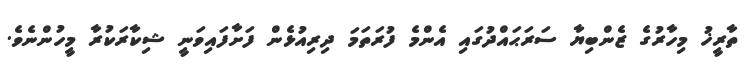
ތާރީޚު މިހާރުގެ ޒެންބިޔާ ސަރަޙައްދުގައި އެންމެ ފުރަތަމަ ދިރިއުޅެން ފަށާފައިވަނީ ޝިކާރަކުރާ މީހުންނެވެ.